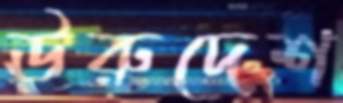
ঊরুদেশ